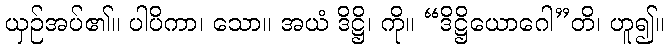
ယှဉ်အပ်၏။ ပါပိကာ၊ သော။ အယံ ဒိဋ္ဌိ၊ ကို။ “ဒိဋ္ဌိယောဂေါ”တိ၊ ဟူ၍။